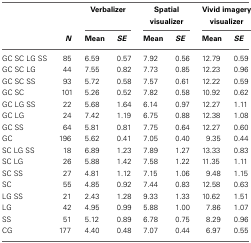
<table><thead><tr><td></td><td></td><td colspan="2"><b>Verbalizer</b></td><td colspan="2"><b>Spatial visualizer</b></td><td colspan="2"><b>Vivid imagery visualizer</b></td></tr><tr><td></td><td><b><i>N</i></b></td><td><b>Mean</b></td><td><b><i>SE</i></b></td><td><b>Mean</b></td><td><b><i>SE</i></b></td><td><b>Mean</b></td><td><b><i>SE</i></b></td></tr></thead><tbody><tr><td>GC SC LG SS</td><td>85</td><td>6.59</td><td>0.57</td><td>7.92</td><td>0.56</td><td>12.79</td><td>0.59</td></tr><tr><td>GC SC LG</td><td>44</td><td>7.55</td><td>0.82</td><td>7.73</td><td>0.85</td><td>12.23</td><td>0.96</td></tr><tr><td>GC SC SS</td><td>93</td><td>5.72</td><td>0.58</td><td>7.57</td><td>0.61</td><td>12.22</td><td>0.59</td></tr><tr><td>GC SC</td><td>101</td><td>5.26</td><td>0.52</td><td>7.82</td><td>0.58</td><td>10.92</td><td>0.62</td></tr><tr><td>GC LG SS</td><td>22</td><td>5.68</td><td>1.64</td><td>6.14</td><td>0.97</td><td>12.27</td><td>1.11</td></tr><tr><td>GC LG</td><td>24</td><td>7.42</td><td>1.19</td><td>6.75</td><td>0.88</td><td>12.38</td><td>1.08</td></tr><tr><td>GC SS</td><td>64</td><td>5.81</td><td>0.81</td><td>7.75</td><td>0.64</td><td>12.27</td><td>0.60</td></tr><tr><td>GC</td><td>196</td><td>5.62</td><td>0.41</td><td>7.05</td><td>0.40</td><td>9.35</td><td>0.44</td></tr><tr><td>SC LG SS</td><td>18</td><td>6.89</td><td>1.23</td><td>7.89</td><td>1.27</td><td>13.33</td><td>0.83</td></tr><tr><td>SC LG</td><td>26</td><td>5.88</td><td>1.42</td><td>7.58</td><td>1.22</td><td>11.35</td><td>1.11</td></tr><tr><td>SC SS</td><td>27</td><td>4.81</td><td>1.12</td><td>7.15</td><td>1.06</td><td>9.48</td><td>1.15</td></tr><tr><td>SC</td><td>55</td><td>4.85</td><td>0.92</td><td>7.44</td><td>0.83</td><td>12.58</td><td>0.63</td></tr><tr><td>LG SS</td><td>21</td><td>2.43</td><td>1.28</td><td>9.33</td><td>1.33</td><td>10.62</td><td>1.51</td></tr><tr><td>LG</td><td>42</td><td>4.95</td><td>0.99</td><td>5.88</td><td>1.00</td><td>7.86</td><td>1.07</td></tr><tr><td>SS</td><td>51</td><td>5.12</td><td>0.89</td><td>6.78</td><td>0.75</td><td>8.29</td><td>0.96</td></tr><tr><td>CG</td><td>177</td><td>4.40</td><td>0.48</td><td>7.07</td><td>0.44</td><td>6.97</td><td>0.55</td></tr></tbody></table>